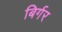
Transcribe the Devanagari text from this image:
बिर्गर